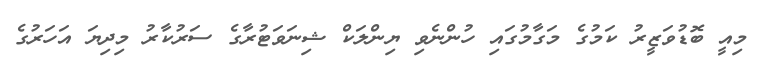
މިއީ ބޮޑުވަޒީރު ކަމުގެ މަގާމުގައި ހުންނެވި ޔިންލަކް ޝިނަވަޓުރާގެ ސަރުކާރު މިދިޔަ އަހަރުގެ